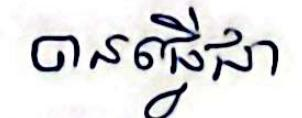
បានធ្វើជា